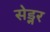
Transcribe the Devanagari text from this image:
सेड्नर